Jaan_Tonisson_(Lasteleht), lk 68
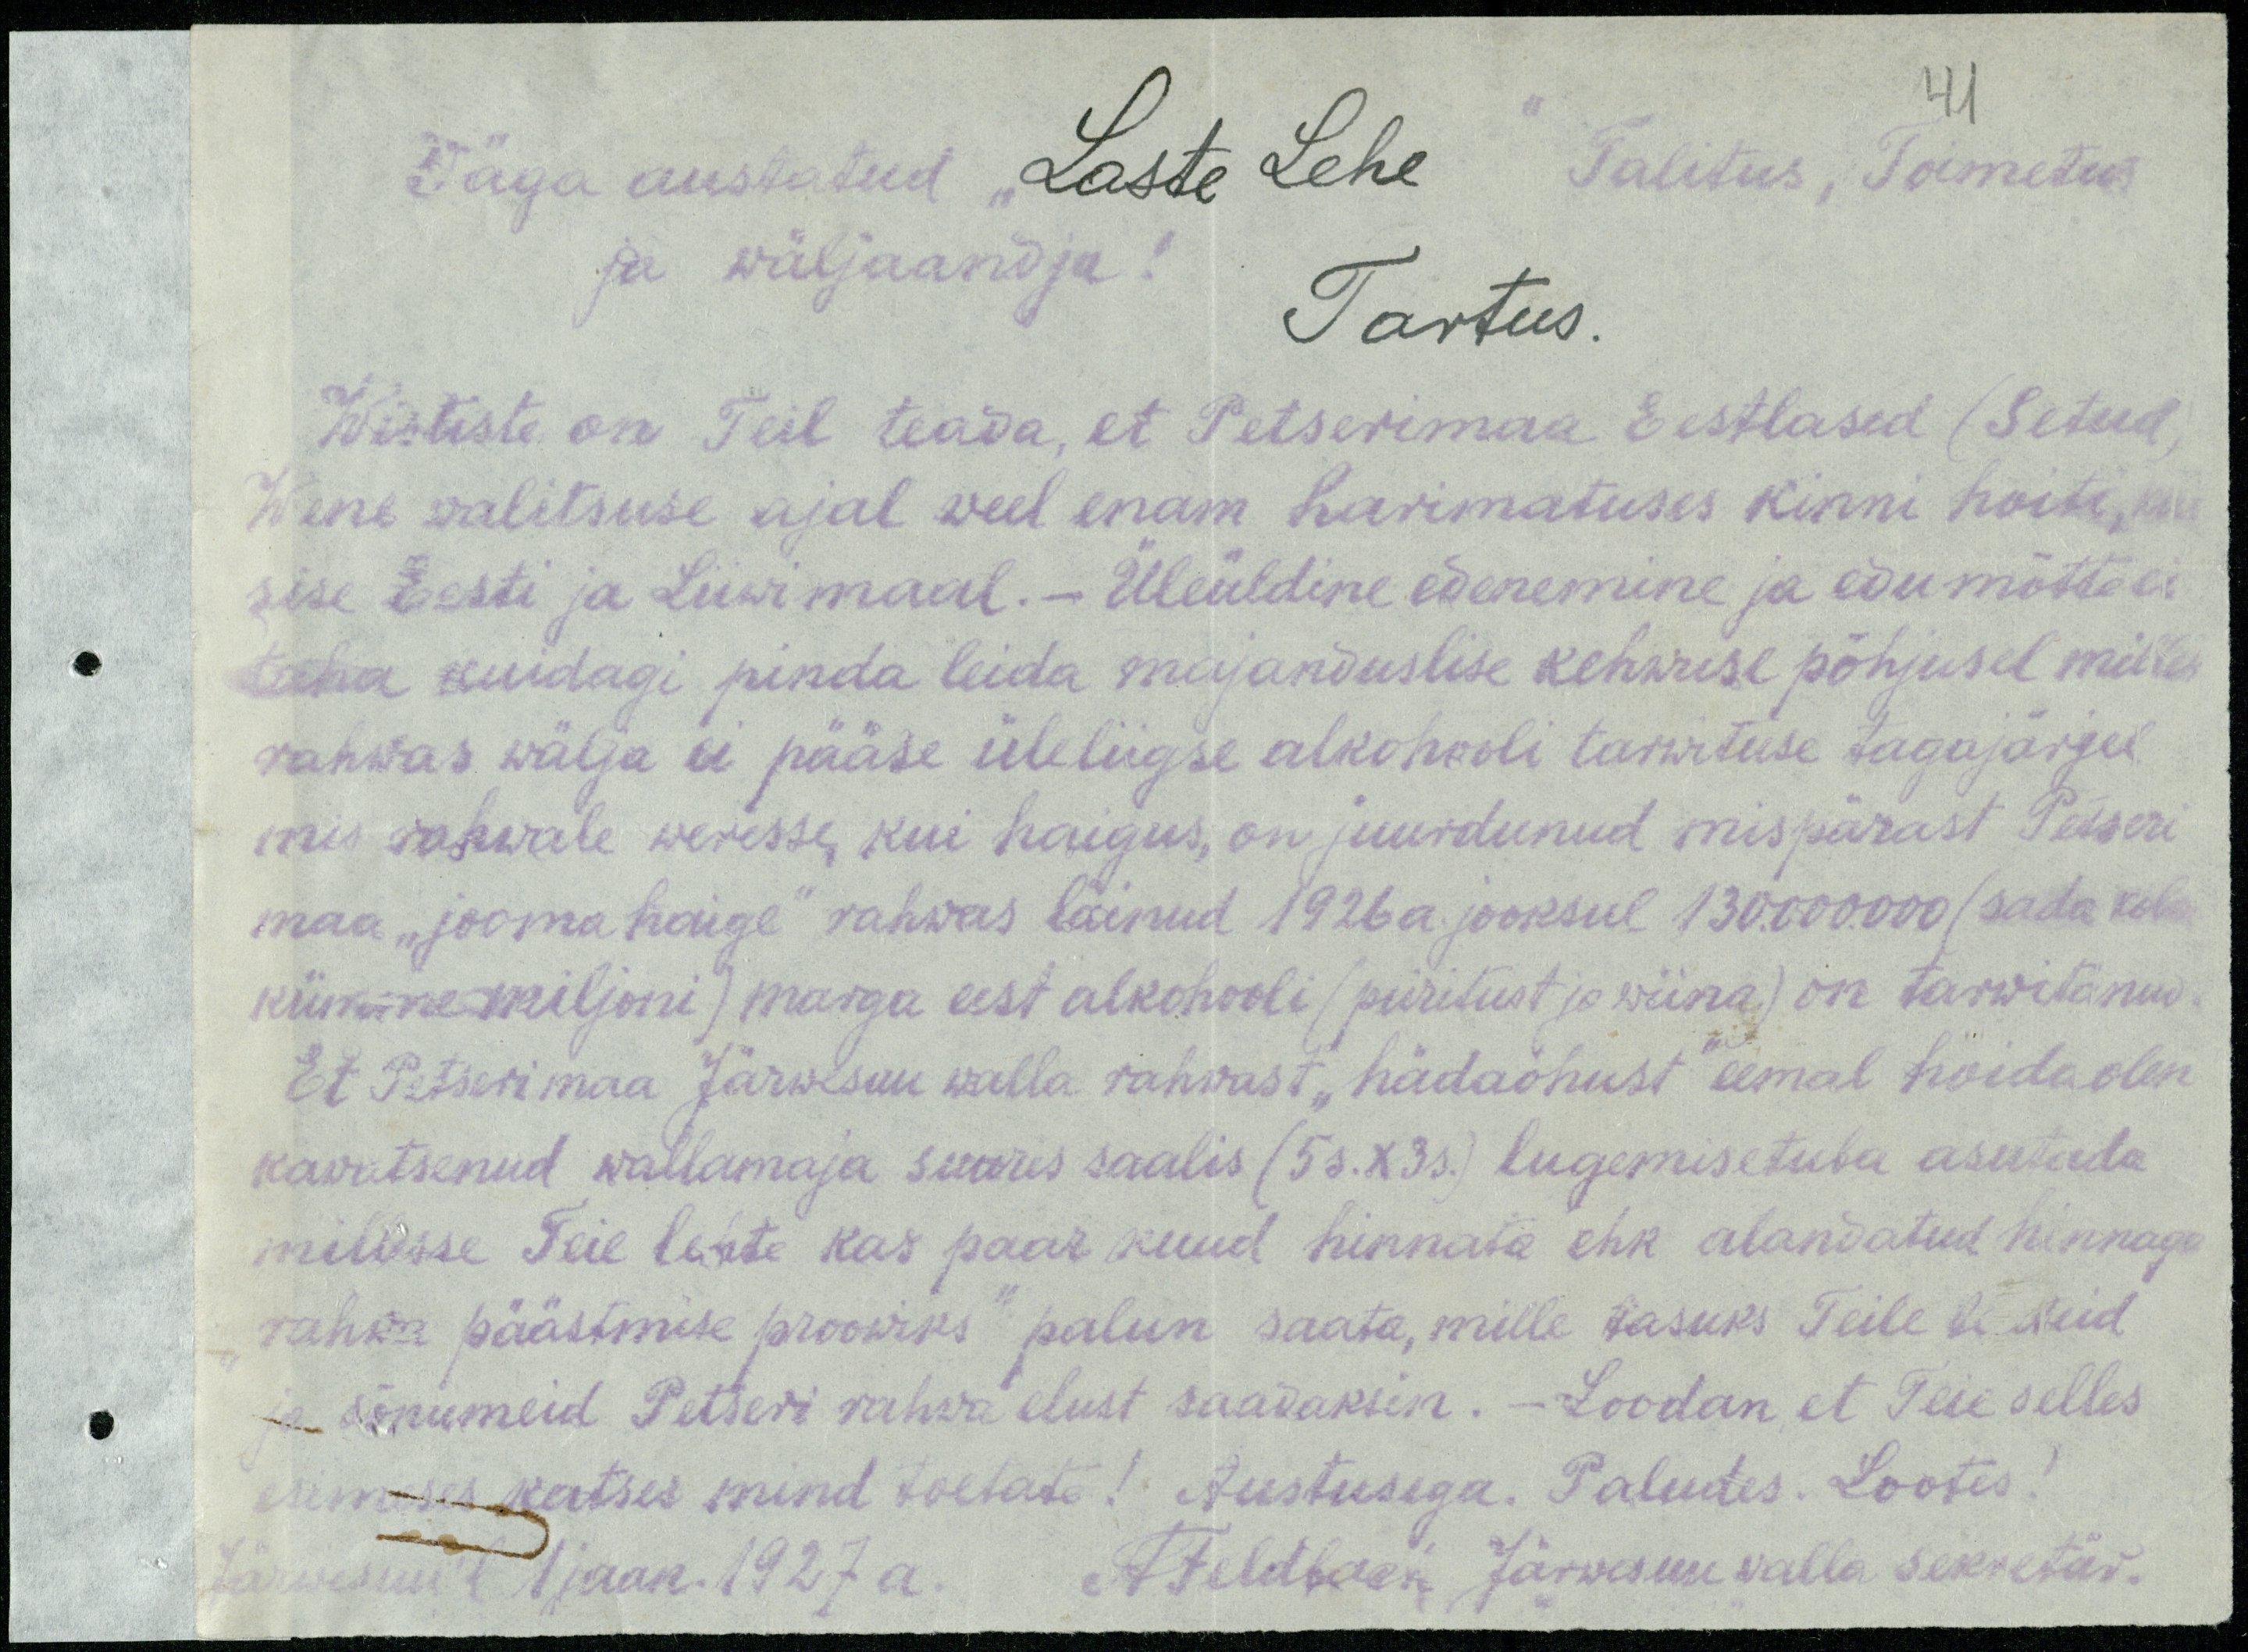
41
Väga austatud „Laste Lehe
Talitus, Toimetus.
ja wäljaandja!
Tartus.
Wististe on Teil teada, et Petserimaa Eestlased (Setud)
Wene walitsuse ajal weel enam harimatuses kinni hoiti, kui
sise Eesti ja Liiwimaal. - Üleüldine edenemine ja edumõtte ei
taha kuidagi pinda leida majanduslise kehwuse põhjusel milles
rahwas wälja ei pääse üleliigse alkohooli tarwituse tagajärjel
mis rahwale weresse, kui haigus, on juurdunud mispärast Petseri
maa "joomahaige" rahwas läinud 1926 a jooksul 130.000.000 (sada kolm
kümme-miljoni) marga eest alkohooli (piiritust ja wiina) on tarwitanud
Et Petserimaa Järwesuu walla rahwast "hädaohust" eemal hoida olen
kawatsenud wallamaja suures saalis (5 s.X33) lugemisetuba asutada
millisse Teie leiate kas paar kuud hinnata ehk alandatud hinnaga
rahwa päästmise proowiks" palun saata, mille tasuks Teile teateid
ja sõnumeid Petseri rahwa elust saadaksin. - Loodan, et Teie selles
esimeses katses mind toetate! Austusega. Paludes. Lootes!
Järwesuul 1 Jaan 1927 a. A. Feldbach Järwesuu walla sekretär.